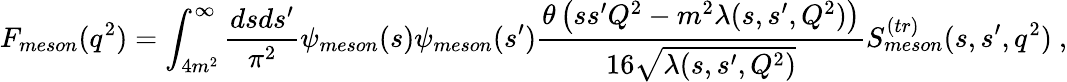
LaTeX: F_{meson}(q^{2})=\int_{4m^{2}}^{\infty}\frac{dsds^{\prime}}{\pi^{2}}\psi_{meson}(s)\psi_{meson}(s^{\prime})\frac{\theta\left(ss^{\prime}Q^{2}-m^{2}\lambda(s,s^{\prime},Q^{2})\right)}{16\sqrt{\lambda(s,s^{\prime},Q^{2})}}S_{meson}^{(tr)}(s,s^{\prime},q^{2})\ ,